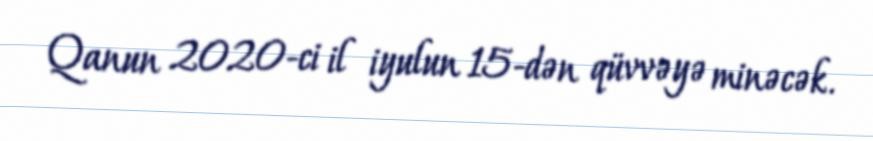
Qanun 2020-ci il iyulun 15-dən qüvvəyə minəcək.